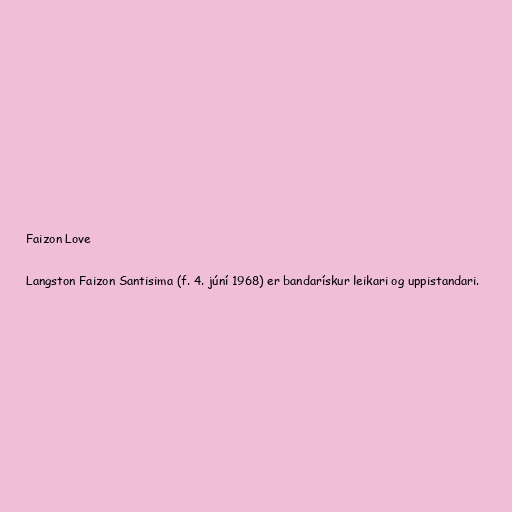
Faizon Love

Langston Faizon Santisima (f. 4. júní 1968) er bandarískur leikari og uppistandari.